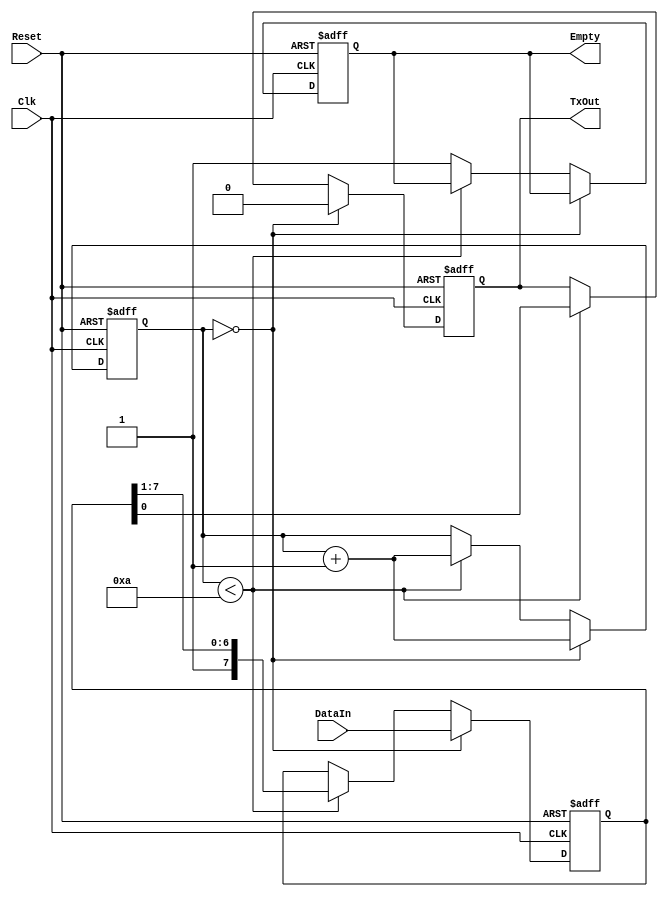
module tx_shift_reg (Clk, Reset, DataIn, TxOut, Empty
    );   // 
    input Clk, Reset;            // 
    input [7:0] DataIn;          // 
    output reg TxOut;            // 
    output reg Empty;            // 

    reg [7:0] tmp;
    reg [3:0] counter;           // 

    always @ (posedge Clk, negedge Reset) begin
        if (!Reset) begin
            {tmp, counter, Empty} <= 0;          // 
            TxOut <= 1'b1;
        end else begin
            if (counter == 0) begin
                tmp     <= DataIn[7:0];
                TxOut   <= 1'b0;
                counter <= counter + 1'b1;
            end else if (counter < 10) begin
                TxOut   <= tmp[0];
                tmp     <= {1'b1, tmp[7:1]};
                counter <= counter + 1'b1;
            end else begin
                Empty   <= 1'b1;
            end
        end
    end
endmodule